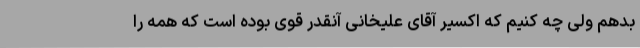
بدهم ولی چه کنیم که اکسیر آقای علیخانی آنقدر قوی بوده است که همه را